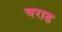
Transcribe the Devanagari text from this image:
चराड